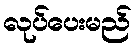
လုပ်ပေးမည်